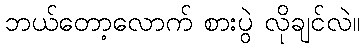
ဘယ်တော့လောက် စားပွဲ လိုချင်လဲ။